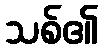
သစ်၏